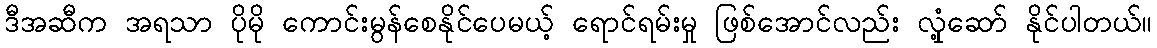
ဒီအဆီက အရသာ ပိုမို ကောင်းမွန်စေနိုင်ပေမယ့် ရောင်ရမ်းမှု ဖြစ်အောင်လည်း လှုံ့ဆော် နိုင်ပါတယ်။